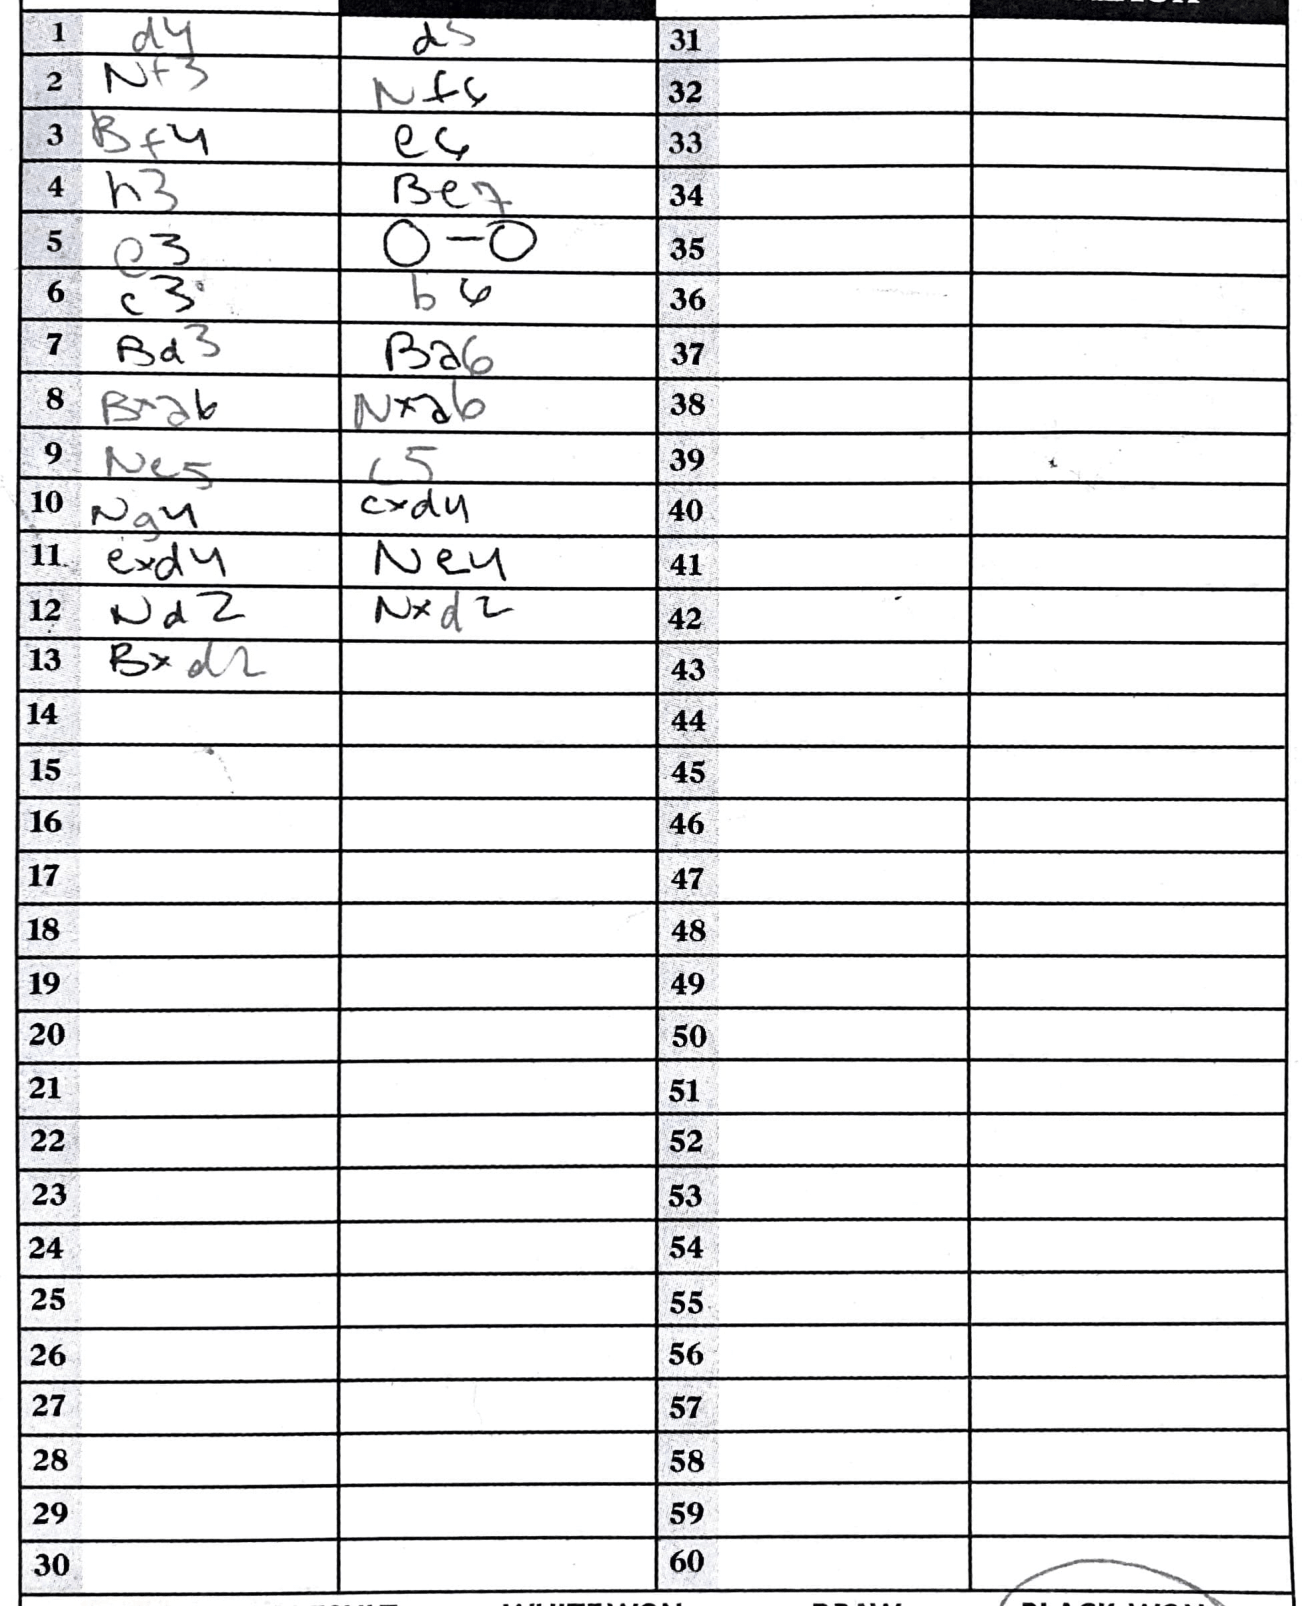
Moves: d4 d5 Nf3 Nf6 Bf4 e6 h3 Be7 c3 O-O c3 b6 Bd3 Ba6 Bxa6 Nxa6 Ne5 c5 Ng4 cxd4 exd4 Ne4 Nd2 Nxd2 Bxd2